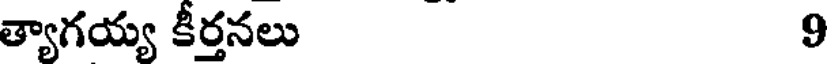
త్యాగయ్య కీర్తనలు 9